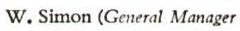
W. Simon (General Manager